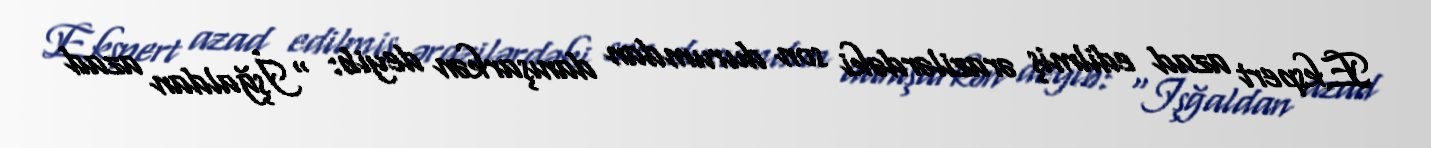
Ekspert azad edilmiş ərazilərdəki son durumdan danışarkən deyib: “İşğaldan azad